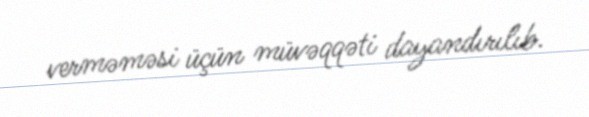
verməməsi üçün müvəqqəti dayandırılıb.